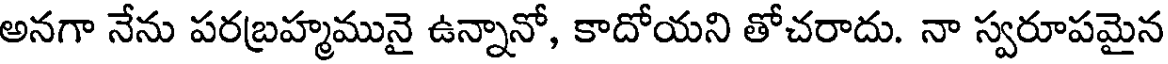
అనగా నేను పరబ్రహ్మమునై ఉన్నానో, కాదోయని తోచరాదు. నా స్వరూపమైన